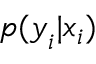
p ( \boldsymbol { y } _ { i } | \boldsymbol { x } _ { i } )